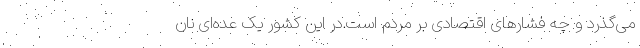
می‌گذرد و چه فشارهای اقتصادی بر مردم است.در این کشور یک عده‌ای نان